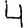
Digit: 4